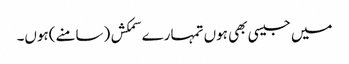
میں جیسی بھی ہوں تمہارے سمکش (سامنے)ہوں۔